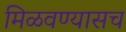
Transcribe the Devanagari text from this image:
मिळवण्यासच